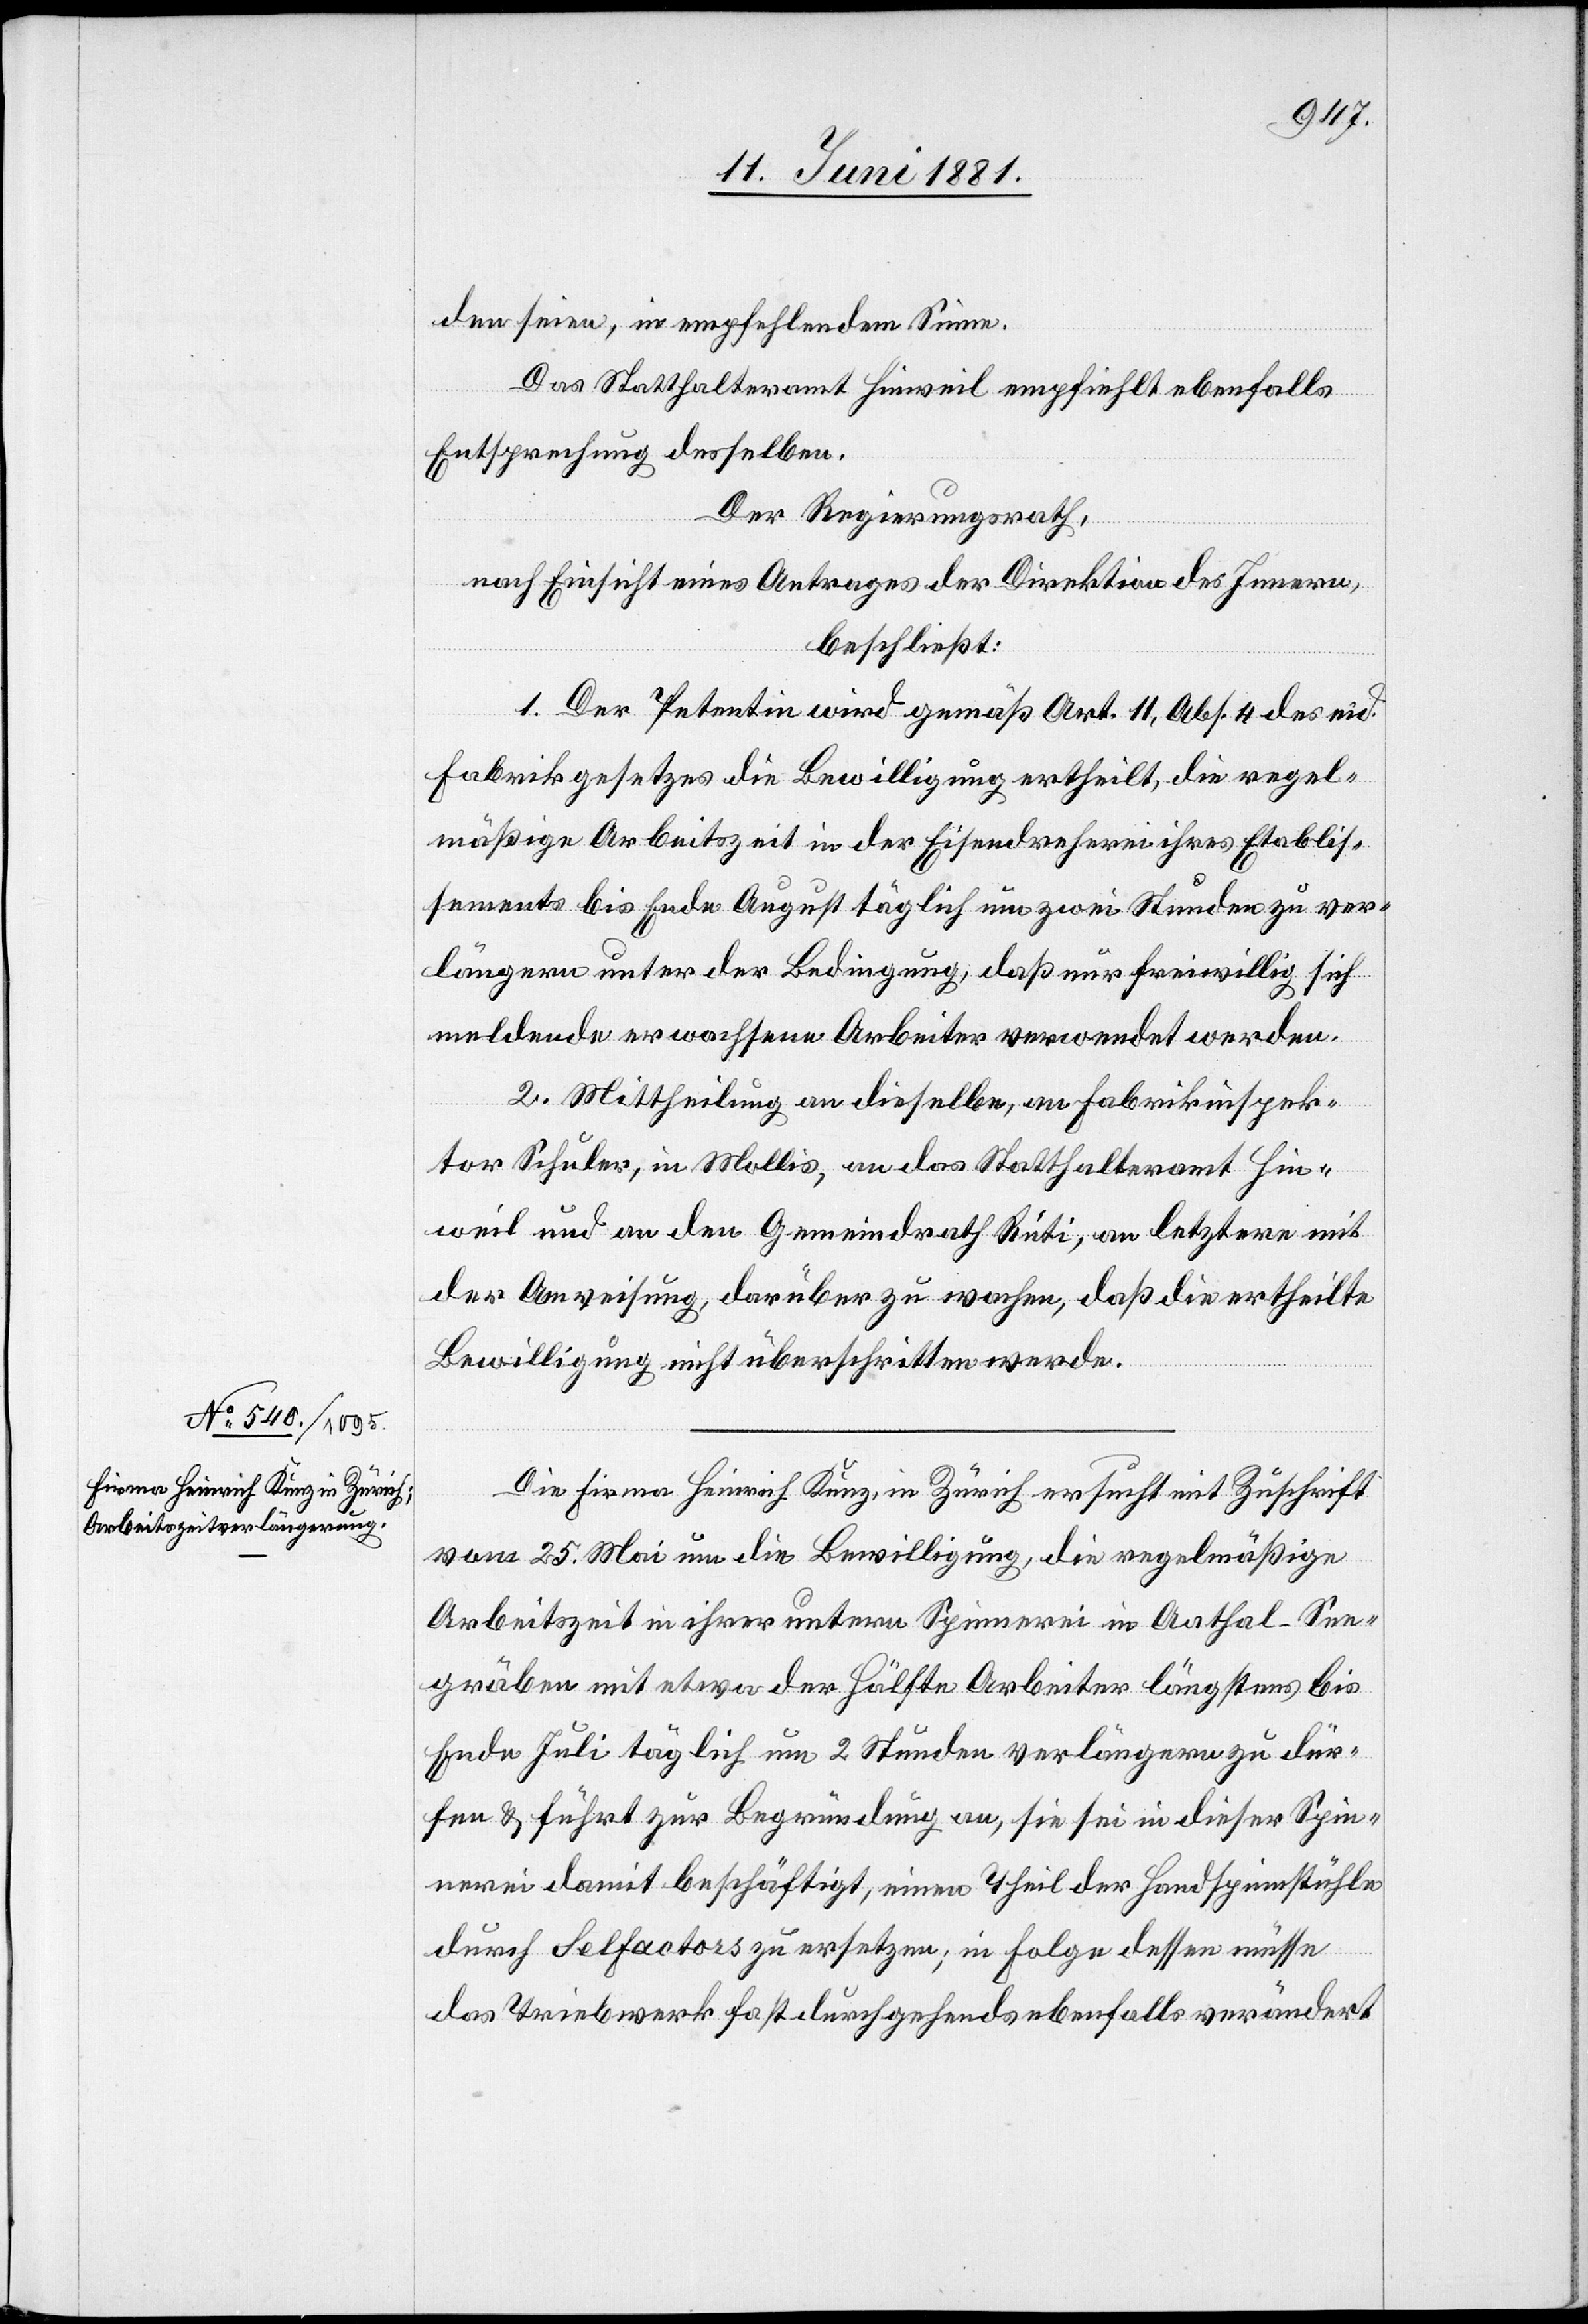
den seien, in empfehlendem Sinne.
Das Statthalteramt Hinweil empfiehlt ebenfalls
Entsprechung desselben.
Der Regierungsrath,
nach Einsicht eines Antrages der Direktion des Innern,
beschließt:
1. Der Petentin wird gemäß Art. 11, Abs. 4 des eid.
Fabrikgesetzes die Bewilligung ertheilt, die regel¬
mäßige Arbeitszeit in der Eisendreherei ihres Etablis¬
sements bis Ende August täglich um zwei Stunden zu ver¬
längern unter der Bedingung, daß nur freiwillig sich
meldende erwachsene Arbeiter verwendet werden.
2. Mittheilung an dieselbe, an Fabrikinspek¬
tor Schuler, in Mollis, an das Statthalteramt Hin¬
weil und an den Gemeindrath Rüti, an letztern mit
der Anweisung, darüber zu wachen, daß die ertheilte
Bewilligung nicht überschritten werde.
Die Firma Heinrich Kunz, in Zürich ersucht mit Zuschrift
vom 25. Mai um die Bewilligung, die regelmäßige
Arbeitszeit in ihrer untern Spinnerei in Aathal - See¬
gräben mit etwa der Hälfte Arbeiter längstens bis
Ende Juli täglich um 2 Stunden verlängern zu dür¬
fen & führt zur Begründung an, sie sei in dieser Spin¬
nerei damit beschäftigt, einen Theil der Handspinnstühle
durch Selfactors zu ersetzen; in Folge dessen müsse
das Triebwerk fast durchgehends ebenfalls verändert